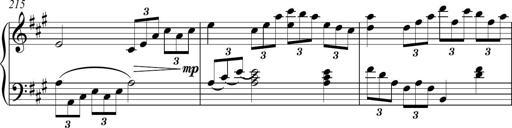
Title: Piano Sonatina in A major
Composer: Z Q Sysmoebius
Key: A major